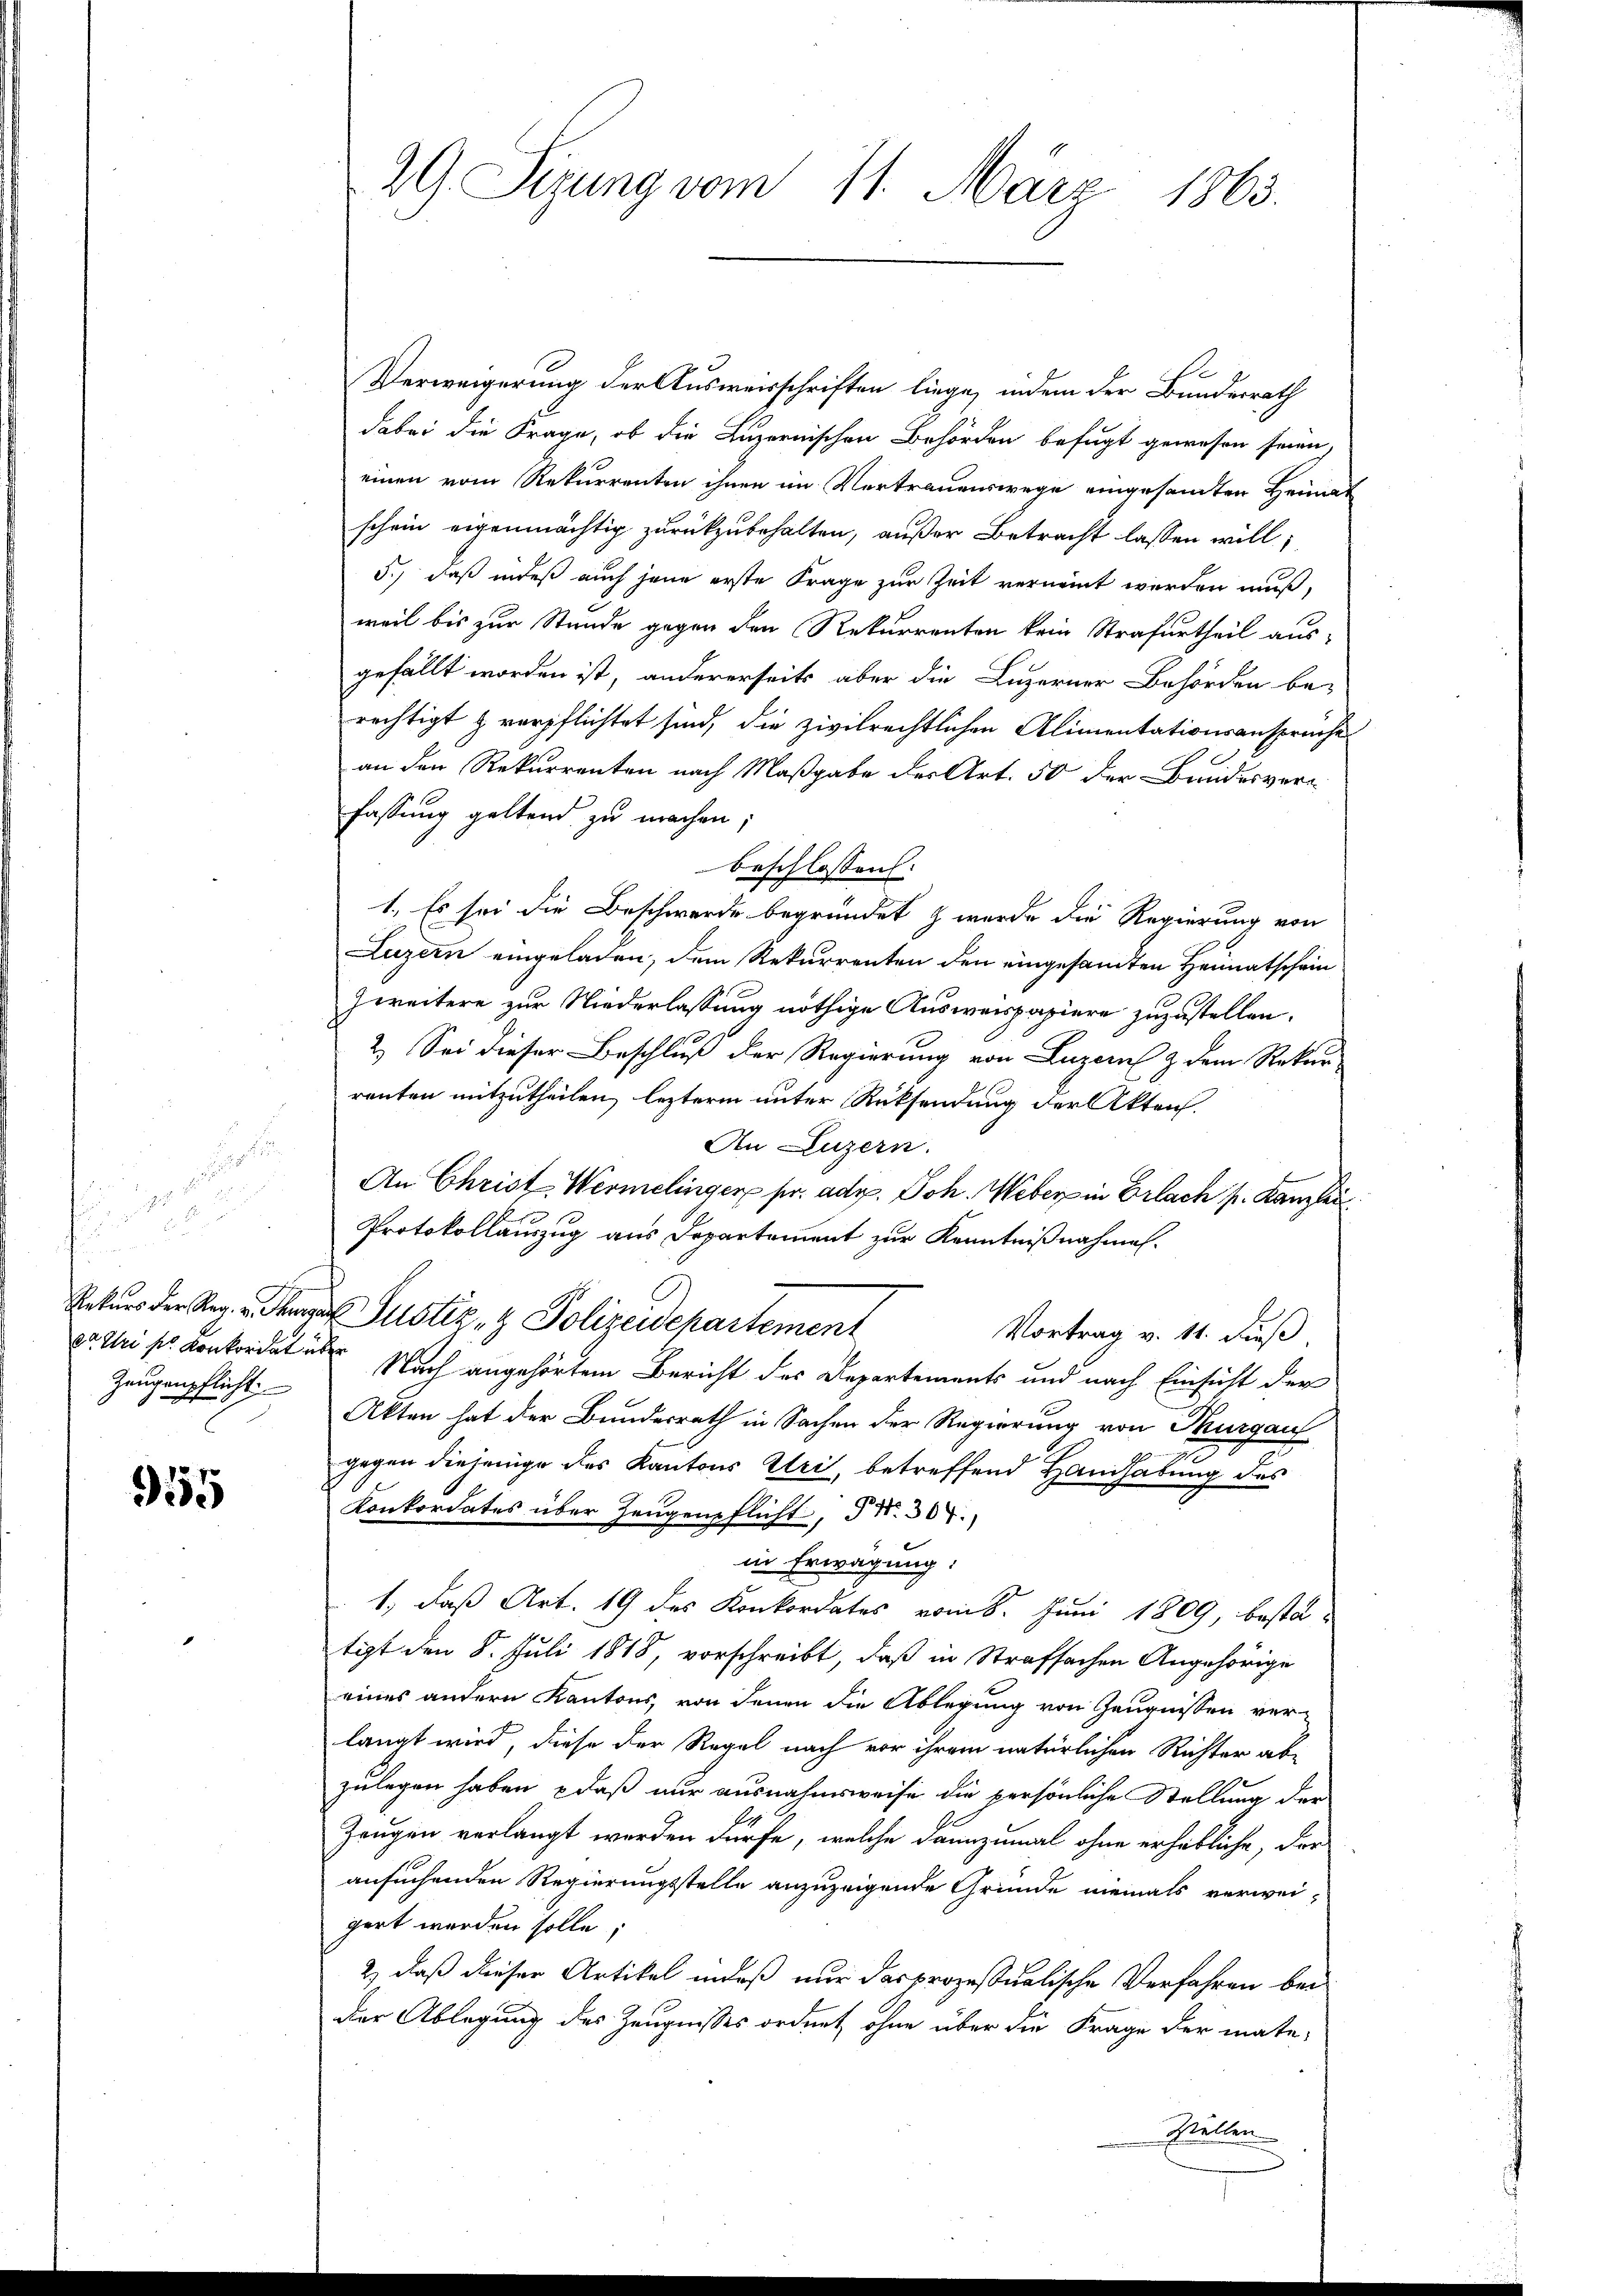
u
Zeugenpflicht

955

29 Sizung vom 11. März 1863.

Verweigerung der Ausweisschriften liege, indem der Bundesrath
dabei die Frage, ob die Luzernischen Behörden befugt gewesen seien,
einen vom Rekurrenten ihnen im Vertrauenswege eingesamten Heimat
schein eigenmächtig zurückzubehalten, außer Betracht lassen will,
5., daß indeß auch jene erste Frage zur Zeit vernennt werden muß,
weil bis zur Stunde gegen den Rekurrenten kein Strafurtheil aus-
gefällt worden ist, andererseits aber die Luzerner Behörden be-
rechtigt & verpflichtet sind, die zivilrechtlichen Alimentationsansprüche
an den Rekurrenten nach Maßgabe der Art. 50 der Bundesverfassung geltend zu machen;
beschlossen:
1. Es sei die Beschwerde begründet z wurde die Regierung von
Luzern eingeladen, dem Rekurrenten den eingesandten Heimatschein
zweitere zur Niederlassung nöthige Ausweispapiere zuzustellen.
2.) Sei dieser Beschluß der Regierung von Luzern & dem Rekur
renten mitzutheilen, lezterm unter Rücksendung der Akten.
An Luzern.
An Christ-Wermelinger pr. ade. Joh. Weber in Erlach s. Kanzlei
Protokollauszug aus Departement zur Kenntnißnahmen.
Rekurs der Reg. Mannes Justiz- & Polizeidepartement
Vortrag v. 11. Fuß.
3t. Uri s. Konkordat über Nach angehörtem Bericht des Departements und nach Einsicht der
Akten hat der Bundesrath in Sachen der Regierung von Thurgau

gegen diejenige des Kantons Uri, betreffend Handhabung des
Konkordates über Zeugenpflicht, d. 307.
in Erwägung:
1., daß Art. 19 des Konkordates vom 8. Juni 1809, besta-
tigt den 8. Juli 1818, vorschreibt, daß in Strafsachen Angehörige
eines andern Kantons, von denen die Ablegung von Zeugnissen ver-
langt wird, diese der Regel nach vor ihrem natürlichen Richter ab-
zulegen haben, daß nur ausnahmsweise die persönliche Stellung der
Zeugen verlangt werden dürfe, welche dannzumal ohne erhebliche, der
ansuchenden Regierungsstelle anzuzeigende Gründe niemals verwei-
gert werden solle;
2) daß dieser Artikel indeß nur das prozessualische Verfahren bei
der Ablegung des Zeugnisses ordnet, ohne über die Frage der mate-
Stellen